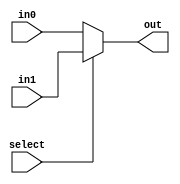
module mux_2twoBit(out, select, in0, in1);
    input select;
    input[1:0] in0, in1;
    output[1:0] out;
    assign out = select ? in1 : in0;
endmodule